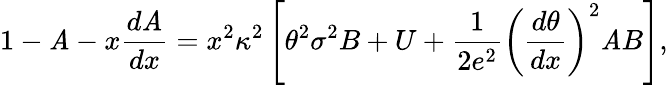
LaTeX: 1-\mathit{A}-x\frac{{d\mathit{A}}}{{dx}}=x^{2}{\kappa}^{2}\left[{\theta}^{2}{\sigma}^{2}B+U+\frac{{1}}{{2e^{2}}}{\left(\frac{{d\theta}}{{dx}}\right)}^{2}\mathit{A}B\right],